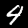
Label: 4